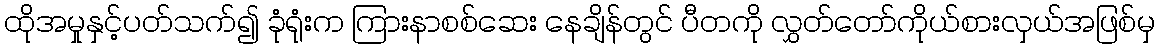
ထိုအမှုနှင့်ပတ်သက်၍ ခုံရုံးက ကြားနာစစ်ဆေး နေချိန်တွင် ပီတကို လွှတ်တော်ကိုယ်စားလှယ်အဖြစ်မှ